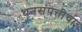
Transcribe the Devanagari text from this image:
धनसंपत्तीचा